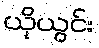
ယိုယွင်း